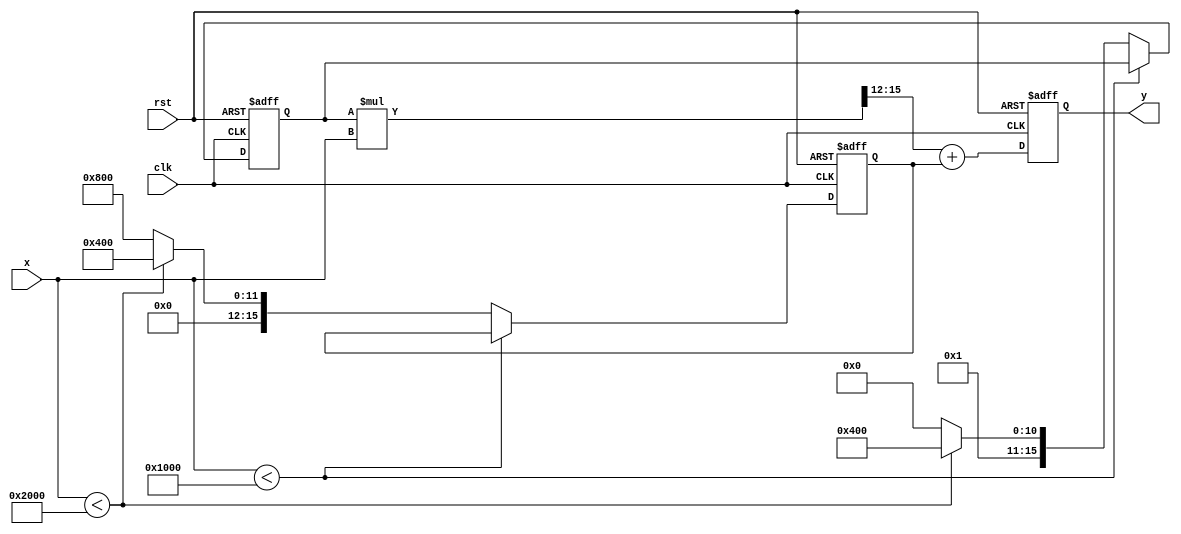
module reciprocal_approx (
    input wire [15:0] x,      // Input: fixed-point representation of x
    output reg [15:0] y,      // Output: fixed-point approximation of 1/x
    input wire clk,           // Clock signal
    input wire rst            // Reset signal
);

    // Define breakpoints for piecewise linear approximation
    parameter BREAKPOINT_1 = 16'h1000; // 1.0 in fixed-point
    parameter BREAKPOINT_2 = 16'h2000; // 2.0 in fixed-point

    // Coefficients for linear segments
    // Segment 1: 1/x for [1.0, 1.5)
    parameter m1 = 16'h0C00; // Slope (approx. 0.75)
    parameter b1 = 16'h0400; // Intercept (approx. 0.25)

    // Segment 2: 1/x for [1.5, 2.0)
    parameter m2 = 16'h0800; // Slope (approx. 0.5)
    parameter b2 = 16'h0800; // Intercept (approx. 0.5)

    // State for output
    reg [15:0] coeff_m; // Slope
    reg [15:0] coeff_b; // Intercept

    always @(posedge clk or posedge rst) begin
        if (rst) begin
            y <= 16'h0000; // Reset output
            coeff_m <= 16'h0000; // Reset slope
            coeff_b <= 16'h0000; // Reset intercept
        end else begin
            // Segment selection based on input x
            if (x < BREAKPOINT_1) begin
                // Underflow handling
                y <= 16'hFFFF; // Output maximum for underflow
            end else if (x < BREAKPOINT_2) begin
                // Segment 1
                coeff_m <= m1;
                coeff_b <= b1;
            end else begin
                // Segment 2
                coeff_m <= m2;
                coeff_b <= b2;
            end

            // Linear approximation calculation: y = m * x + b
            y <= (coeff_m * x >> 12) + coeff_b; // Shift right to adjust for fixed-point
        end
    end

endmodule